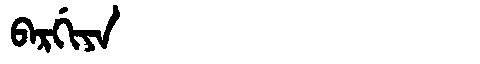
Manchu: ᠪᠠᡵᡤᡳᠶᠠ
Romanization: BARGIYA